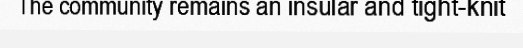
The community remains an insular and tight-knit